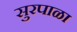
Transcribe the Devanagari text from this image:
सुरपाळा